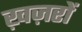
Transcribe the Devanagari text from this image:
ख़ज़रों